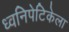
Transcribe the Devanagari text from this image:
ध्वनिपेटिकेला